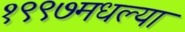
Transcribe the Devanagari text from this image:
१९९७मधल्या